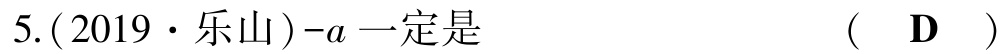
5.(2019·乐山)-\(a\)一定是  (  D  )